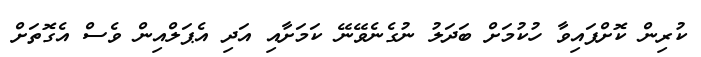
ކުރިން ކޮށްފައިވާ ހުކުމަށް ބަދަލު ނުގެނެވޭނޭ ކަމަށާއި އަދި އެޕަލްއިން ވެސް އެގޮތަށް